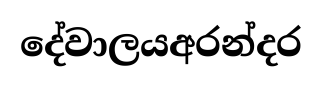
දේවාලයඅරන්දර